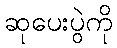
ဆုပေးပွဲကို